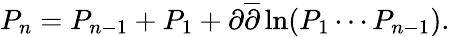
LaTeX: P_{n}=P_{n-1}+P_{1}+\partial\overline{{{\partial}}}\ln(P_{1}\cdots P_{n-1}).